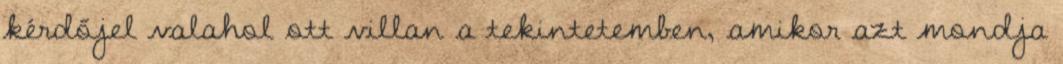
kérdőjel valahol ott villan a tekintetemben, amikor azt mondja